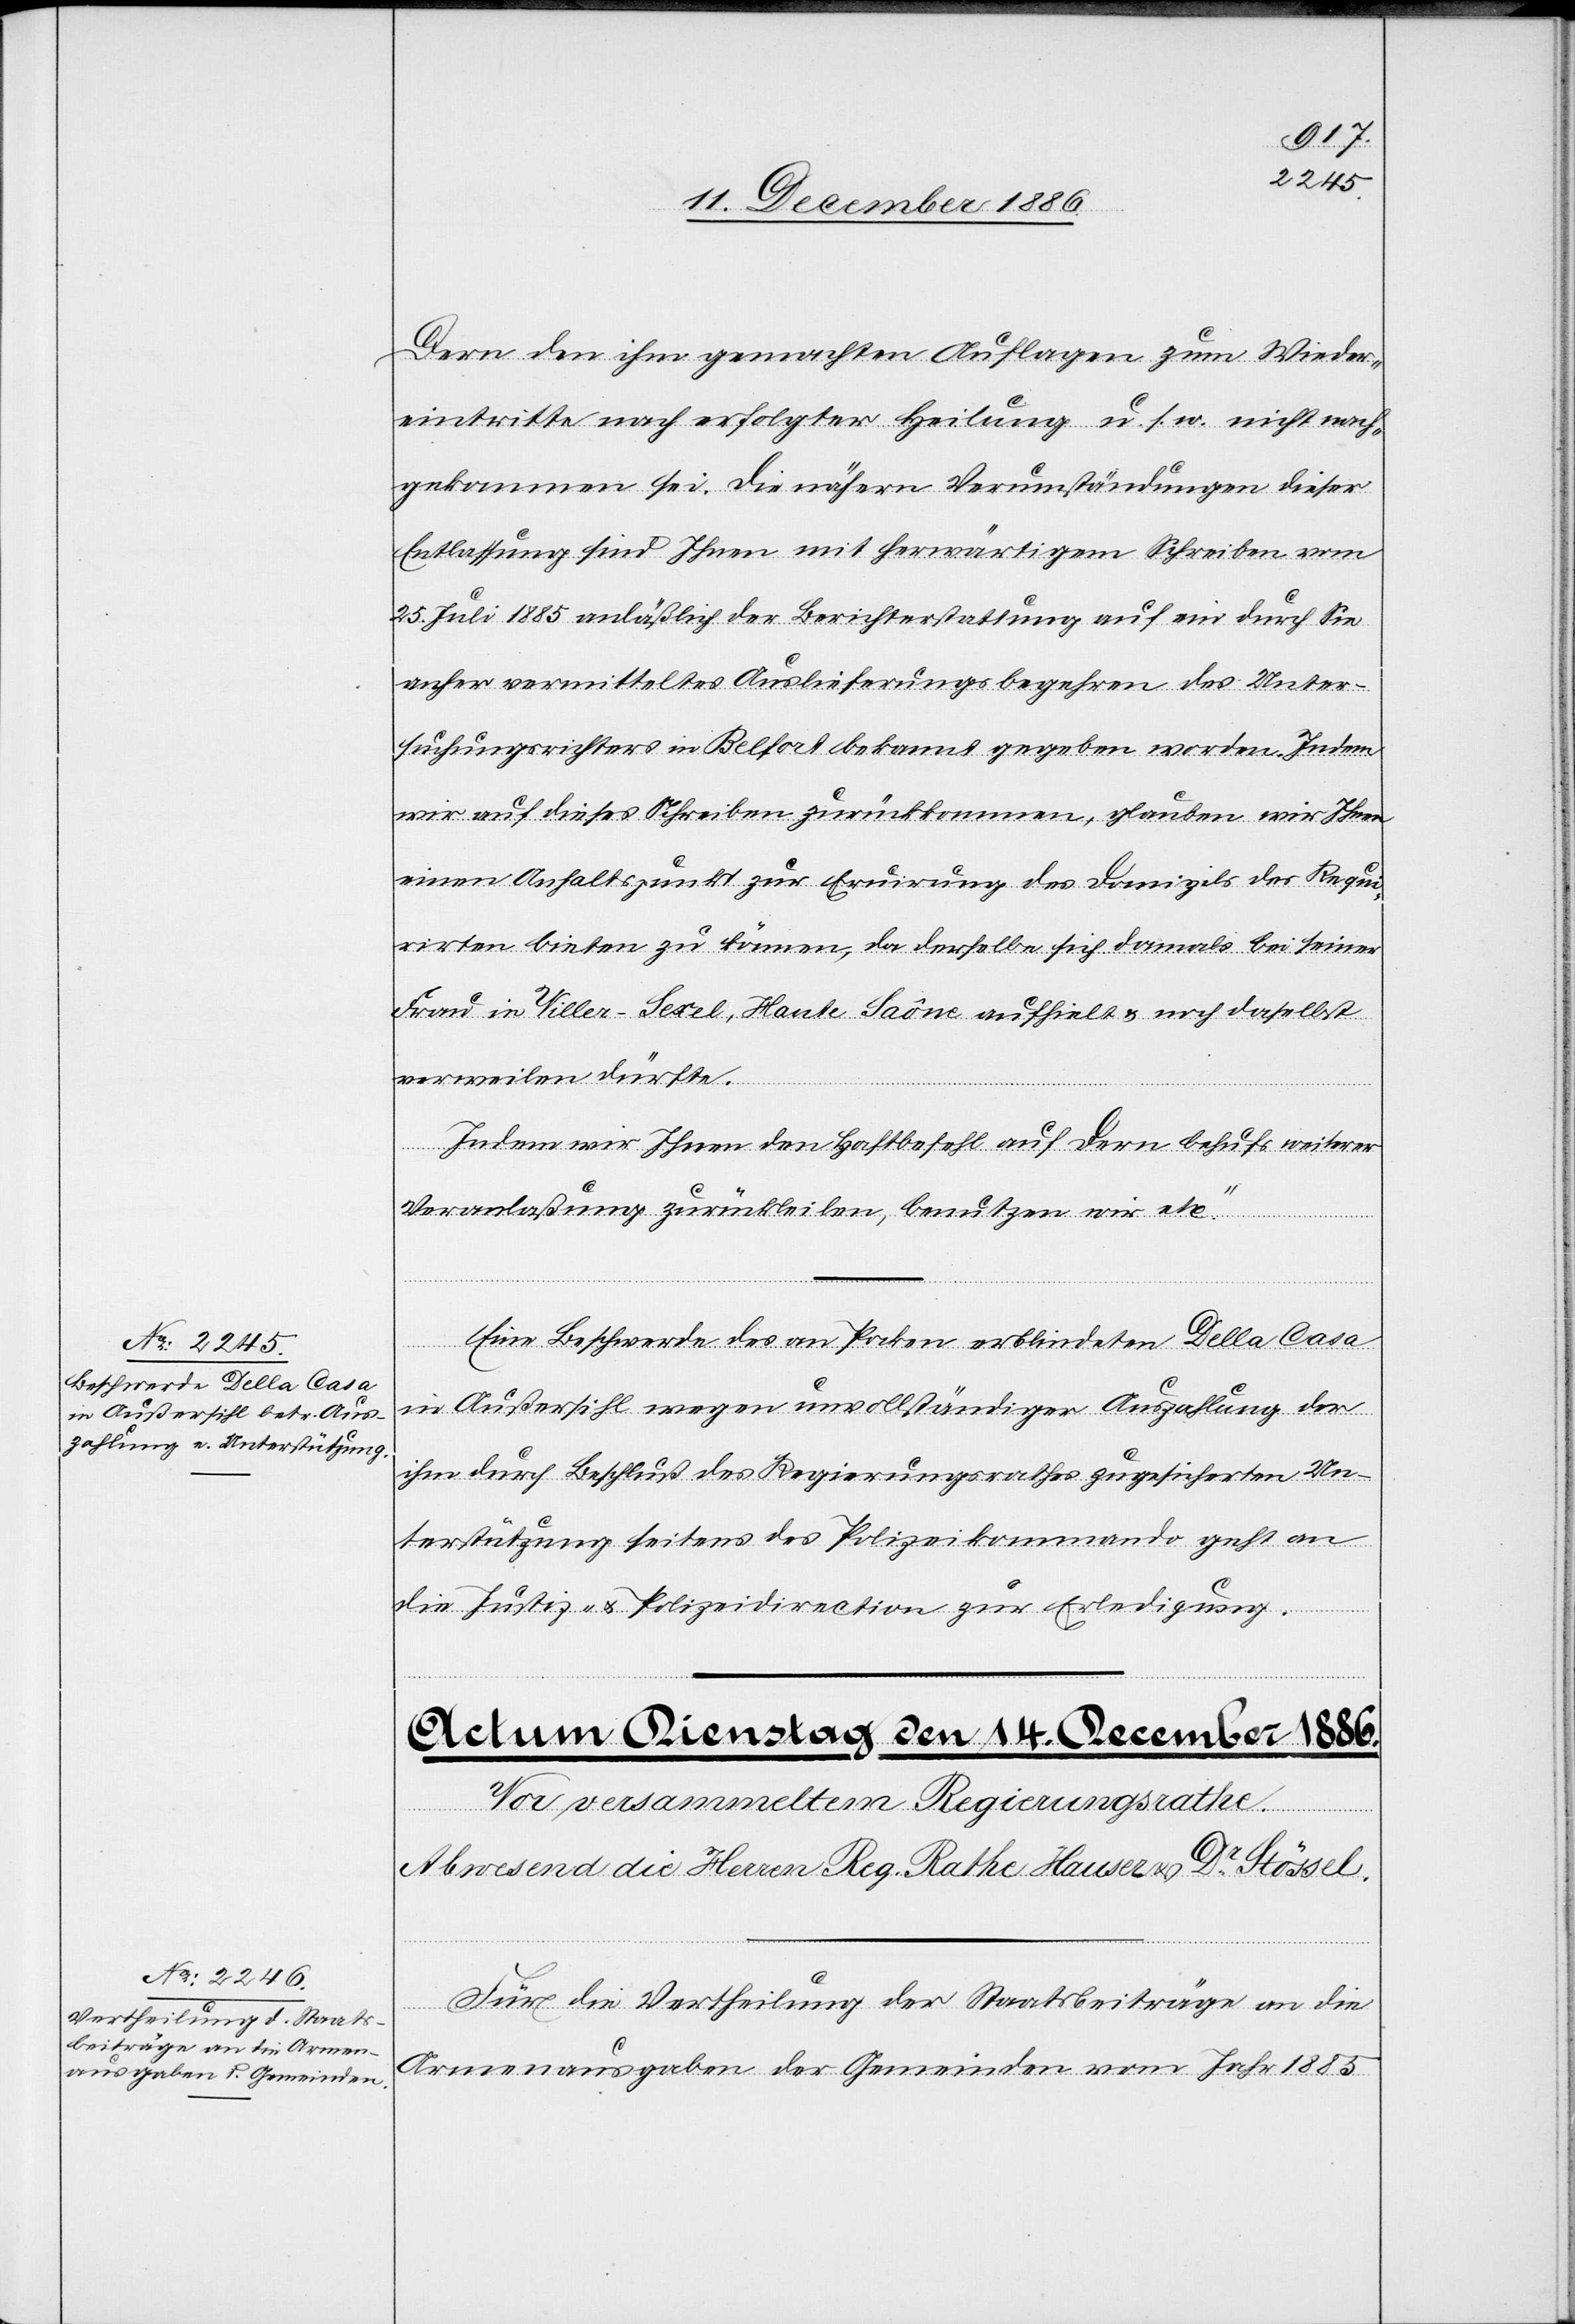
13. Dezember 1886.]
Dern den ihm gemachten Auflagen zum Wieder¬
eintritte nach erfolgter Heilung u. s. w. nicht nach¬
gekommen sei. Die nähern Verumständungen dieser
Entlassung sind Ihnen mit herwärtigem Schreiben vom
25. Juli 1885 anläßlich der Berichterstattung auf ein durch Sie
anher vermitteltes Auslieferungsbegehren des Unter¬
suchungsrichters in Belfort bekannt gegeben worden. Indem
wir auf dieses Schreiben zurückkommen, glauben wir Ihnen
einen Anhaltspunkt zur Eruirung des Domizils des Requi¬
rirten bieten zu können, da derselbe sich damals bei seiner
Frau in Viller-Sexel, Haute Saône aufhielt & noch daselbst
verweilen dürfte.
wir
Indem wir Ihnen den Haftbefehl auf Dern behufs weiterer
Eine Beschwerde des an Pocken erblindeten Della Casa
in Außersihl wegen unvollständiger Auszahlung der
ihm durch Beschluß des Regierungsrathes zugesicherten Un¬
terstützung seitens des Polizeikommando geht an
die Justiz- & Polizeidirection zur Erledigung.
Für die Vertheilung der Staatsbeiträge an die
Armenausgaben der Gemeinden vom Jahr 1885